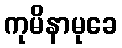
ကုမိနာမုခေ